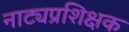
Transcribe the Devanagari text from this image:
नाट्यप्रशिक्षक